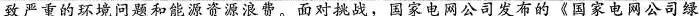
致严重的环境问题和能源资源浪费。面对挑战，国家电网公司发布的《国家电网公司绿